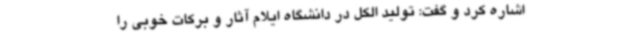
اشاره کرد و گفت: تولید الکل در دانشگاه ایلام آثار و برکات خوبی را